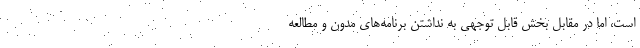
است، اما در مقابل بخش قابل توجهی به نداشتن برنامه‌های مدون و مطالعه